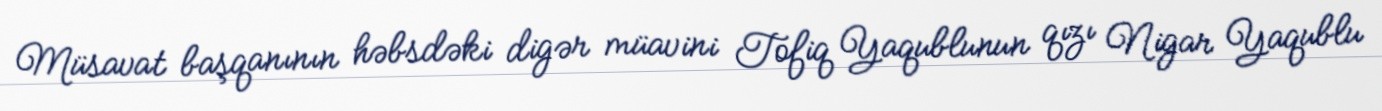
Müsavat başqanının həbsdəki digər müavini Tofiq Yaqublunun qızı Nigar Yaqublu